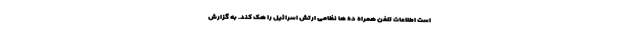
است اطلاعات تلفن همراه ده ها نظامی ارتش اسرائیل را هک کند. به گزارش